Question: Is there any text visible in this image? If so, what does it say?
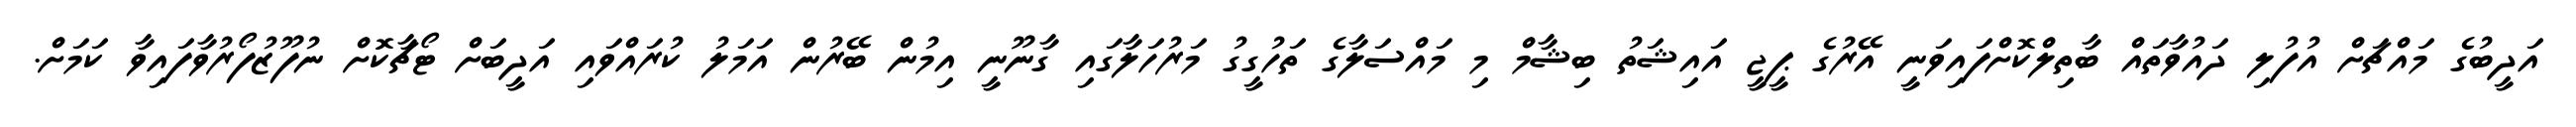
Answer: އަދީބުގެ މައްޗަށް އުފުލި ދައުވާތައް ބާތިލްކޮށްފައިވަނީ އޭރުގެ ޕީޖީ އައިޝަތު ބިޝާމް މި މައްސަލާގެ ތަހުގީގު މަރުހަލާގައި ގާނޫނީ އިމުން ބޭރުން އަމަލު ކުރައްވައި އަދީބަށް ޓޯޗާކޮށް ނުފޫޒުފޯރުވާފައިވާ ކަމަށް.